Scottish Leaving Certificate Examination, 1961
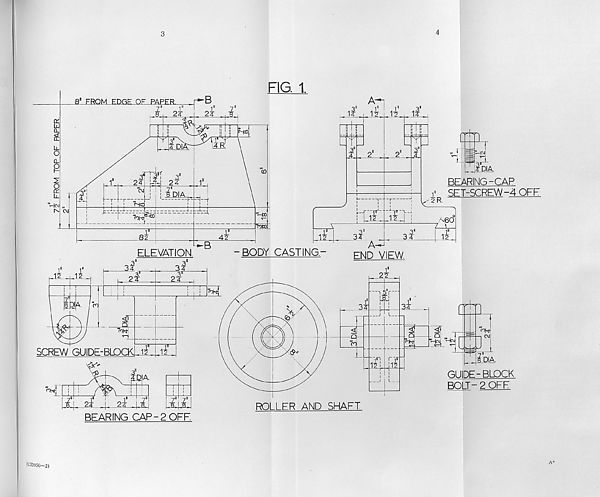
72 FROM TOP OF R\PER
3
4
FIG. 1
(U33 9 5 0-2)